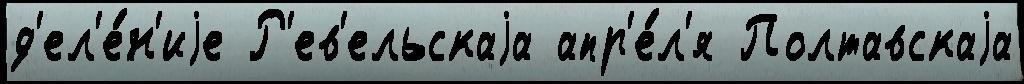
д'ел'е́н'иjе Р'ев'ельскаjа апр'е́л'я Полтавскаjа